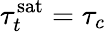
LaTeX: \tau_{t}^{\mathrm{sat}}=\tau_{c}